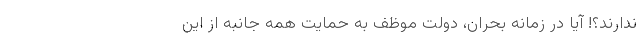
ندارند؟! آیا در زمانه بحران، دولت موظف به حمایت همه جانبه از این